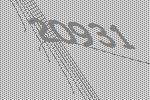
20931